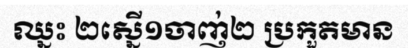
ឈ្នះ ២ស្នើ១ចាញ់២ ប្រកួតមាន